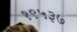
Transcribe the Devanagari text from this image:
१९५३७